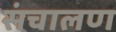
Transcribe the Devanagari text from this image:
संचालण